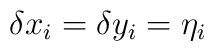
\delta x_i = \delta y_i = \eta_i